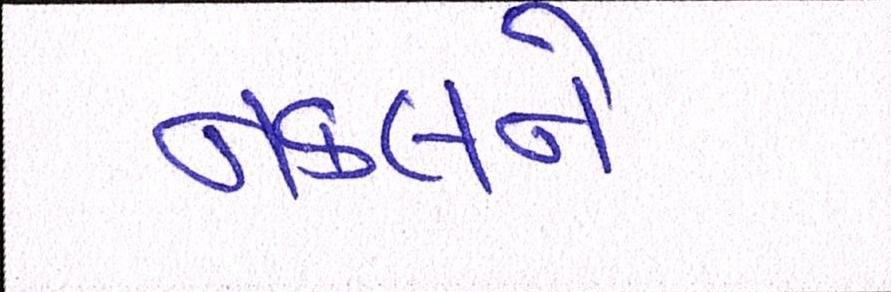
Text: નકલને